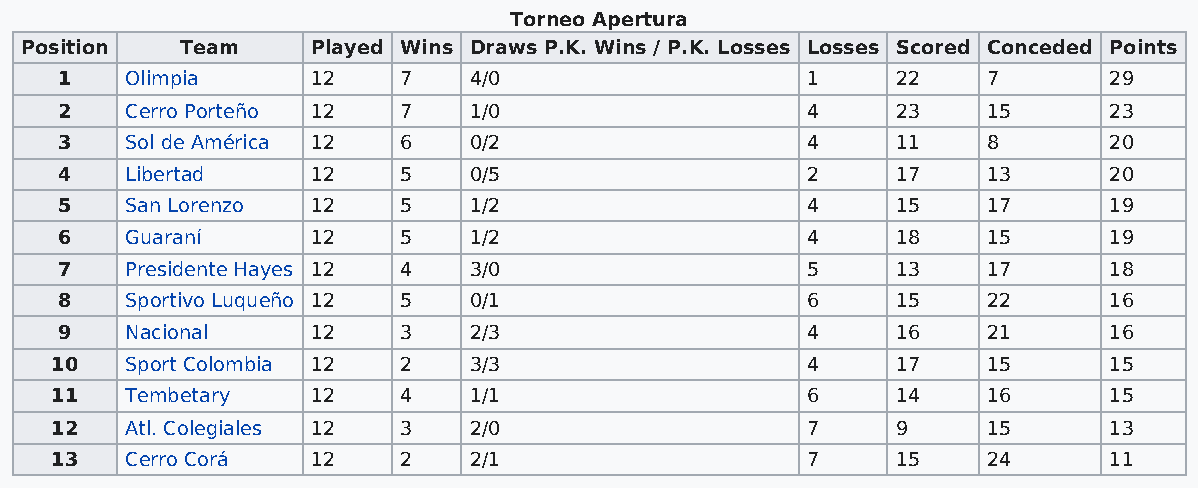
Torneo Apertura
 Position   Team     Played Wins Draws P.K. Wins / P.K. Losses Losses Scored Conceded Points
 1   Olimpia      12   7    4/0                   1     22    7       29
 2   Cerro Porteño 12  7    1/0                   4     23    15      23
 3   Sol de América 12 6    0/2                   4     11    8       20
 4   Libertad     12   5    0/5                   2     17    13      20
 5   San Lorenzo  12   5    1/2                   4     15    17      19
 6   Guaraní      12   5    1/2                   4     18    15      19
 7   Presidente Hayes 12 4  3/0                   5     13    17      18
 8   Sportivo Luqueño 12 5  0/1                   6     15    22      16
 9   Nacional     12   3    2/3                   4     16    21      16
 10   Sport Colombia 12 2    3/3                   4     17    15      15
 11   Tembetary    12   4    1/1                   6     14    16      15
 12   Atl. Colegiales 12 3   2/0                   7     9     15      13
 13   Cerro Corá   12   2    2/1                   7     15    24      11